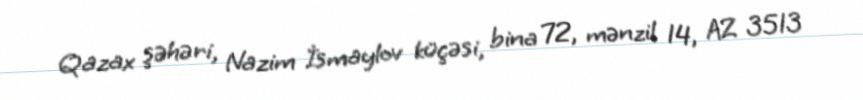
Qazax şəhəri, Nazim İsmaylov küçəsi, bina 72, mənzil 14, AZ 3513